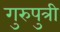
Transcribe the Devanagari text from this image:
गुरुपुत्री